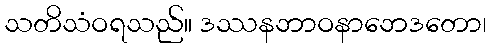
သတိသံဝရသည်။ ဒဿနဘာဝနာဘေဒတော၊